Indian Civil Veterinary Department memoirs
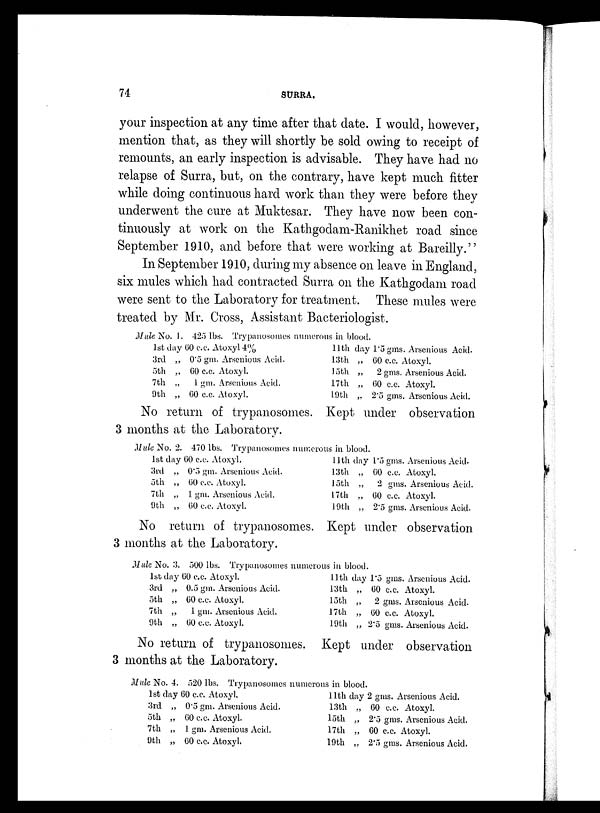
74
SURRA.
your inspection at any time after that date. I would, however,
mention that, as they will shortly be sold owing to receipt of
remounts, an early inspection is advisable. They have had no
relapse of Surra, but, on the contrary, have kept much fitter
while doing continuous hard work than they were before they
underwent the cure at Muktesar. They have now been con-
tinuously at work on the Kathgodam-Ranikhet road since
September 1910, and before that were working at Bareilly."
In September 1910, during my absence on leave in England,
six mules which had contracted Surra on the Kathgodam road
were sent to the Laboratory for treatment. These mules were
treated by Mr. Cross, Assistant Bacteriologist.
Mule No. 1. 425 lbs. Trypanosomas numerous in blood.
1st day 60 c.c. Atoxyl 4%
3rd „ 0.5 gm. Arsenious Acid.
5th „ 60 c.c. Atoxyl.
7th „
1 gm. Arsenious Acid.
9th „ 60 c.c. Atoxyl.
11th day 1.5 gms. Arsenious Acid.
13th „ 60 c.c. Atoxyl.
15th „
2 gms. Arsenious Acid.
17th „ 60 c.c. Atoxyl.
19th „ 2.5 gms. Arsenious Acid.
No return of trypanosomes. Kept under observation
3 months at the Laboratory.
Mule No. 2. 470 lbs. Trypanosomes numerous in blood.
1st day 60 c.c. Atoxyl.
3rd „ 0.5 gm. Arsenious Acid.
5th „ 60 c.c. Atoxyl.
7th „ 1 gm. Arsenious Acid.
9th „ 60 c.c. Atoxyl.
11th day 1.5 gms. Arsenious Acid.
13th „ 60 c.c. Atoxyl.
15th „
2 gms. Arsenious Acid.
17th „ 60 c.c. Atoxyl.
19th „ 2.5 gms. Arsenious Acid.
No return of trypanosomes. Kept under observation
3 months at the Laboratory.
Mule No. 3. 500 lbs. Trypanosomes numerous in blood.
1st day 60 c.c. Atoxyl.
3rd „ 0.5 gm. Arsenious Acid.
5th „ 60 c.c. Atoxyl.
7th „
1 gm. Arsenious Acid.
9th „ 60 c.c. Atoxyl.
11th day 1.5 gms. Arsenious Acid.
13th „ 60 c.c. Atoxyl.
15th „
2 gms. Arsenious Acid.
17th „ 60 c.c. Atoxyl.
19th „ 2.5 gms. Arsenious Acid.
No return of trypanosomes. Kept under observation
3 months at the Laboratory.
Mule No. 4. 520 lbs. Trypanosomes numerous in blood.
1st day 60 c.c. Atoxyl.
3rd „ 0.5 gm. Arsenious Acid.
5th „ 60 c.c. Atoxyl.
7th „ 1 gm. Arsenious Acid.
9th „ 60 c.c. Atoxyl.
11th day 2 gms. Arsenious Acid.
13th „ 60 c.c. Atoxyl.
15th „ 2.5 gms. Arsenious Acid.
17th „ 60 c.c. Atoxyl.
19th „ 2.5 gms. Arsenious Acid.